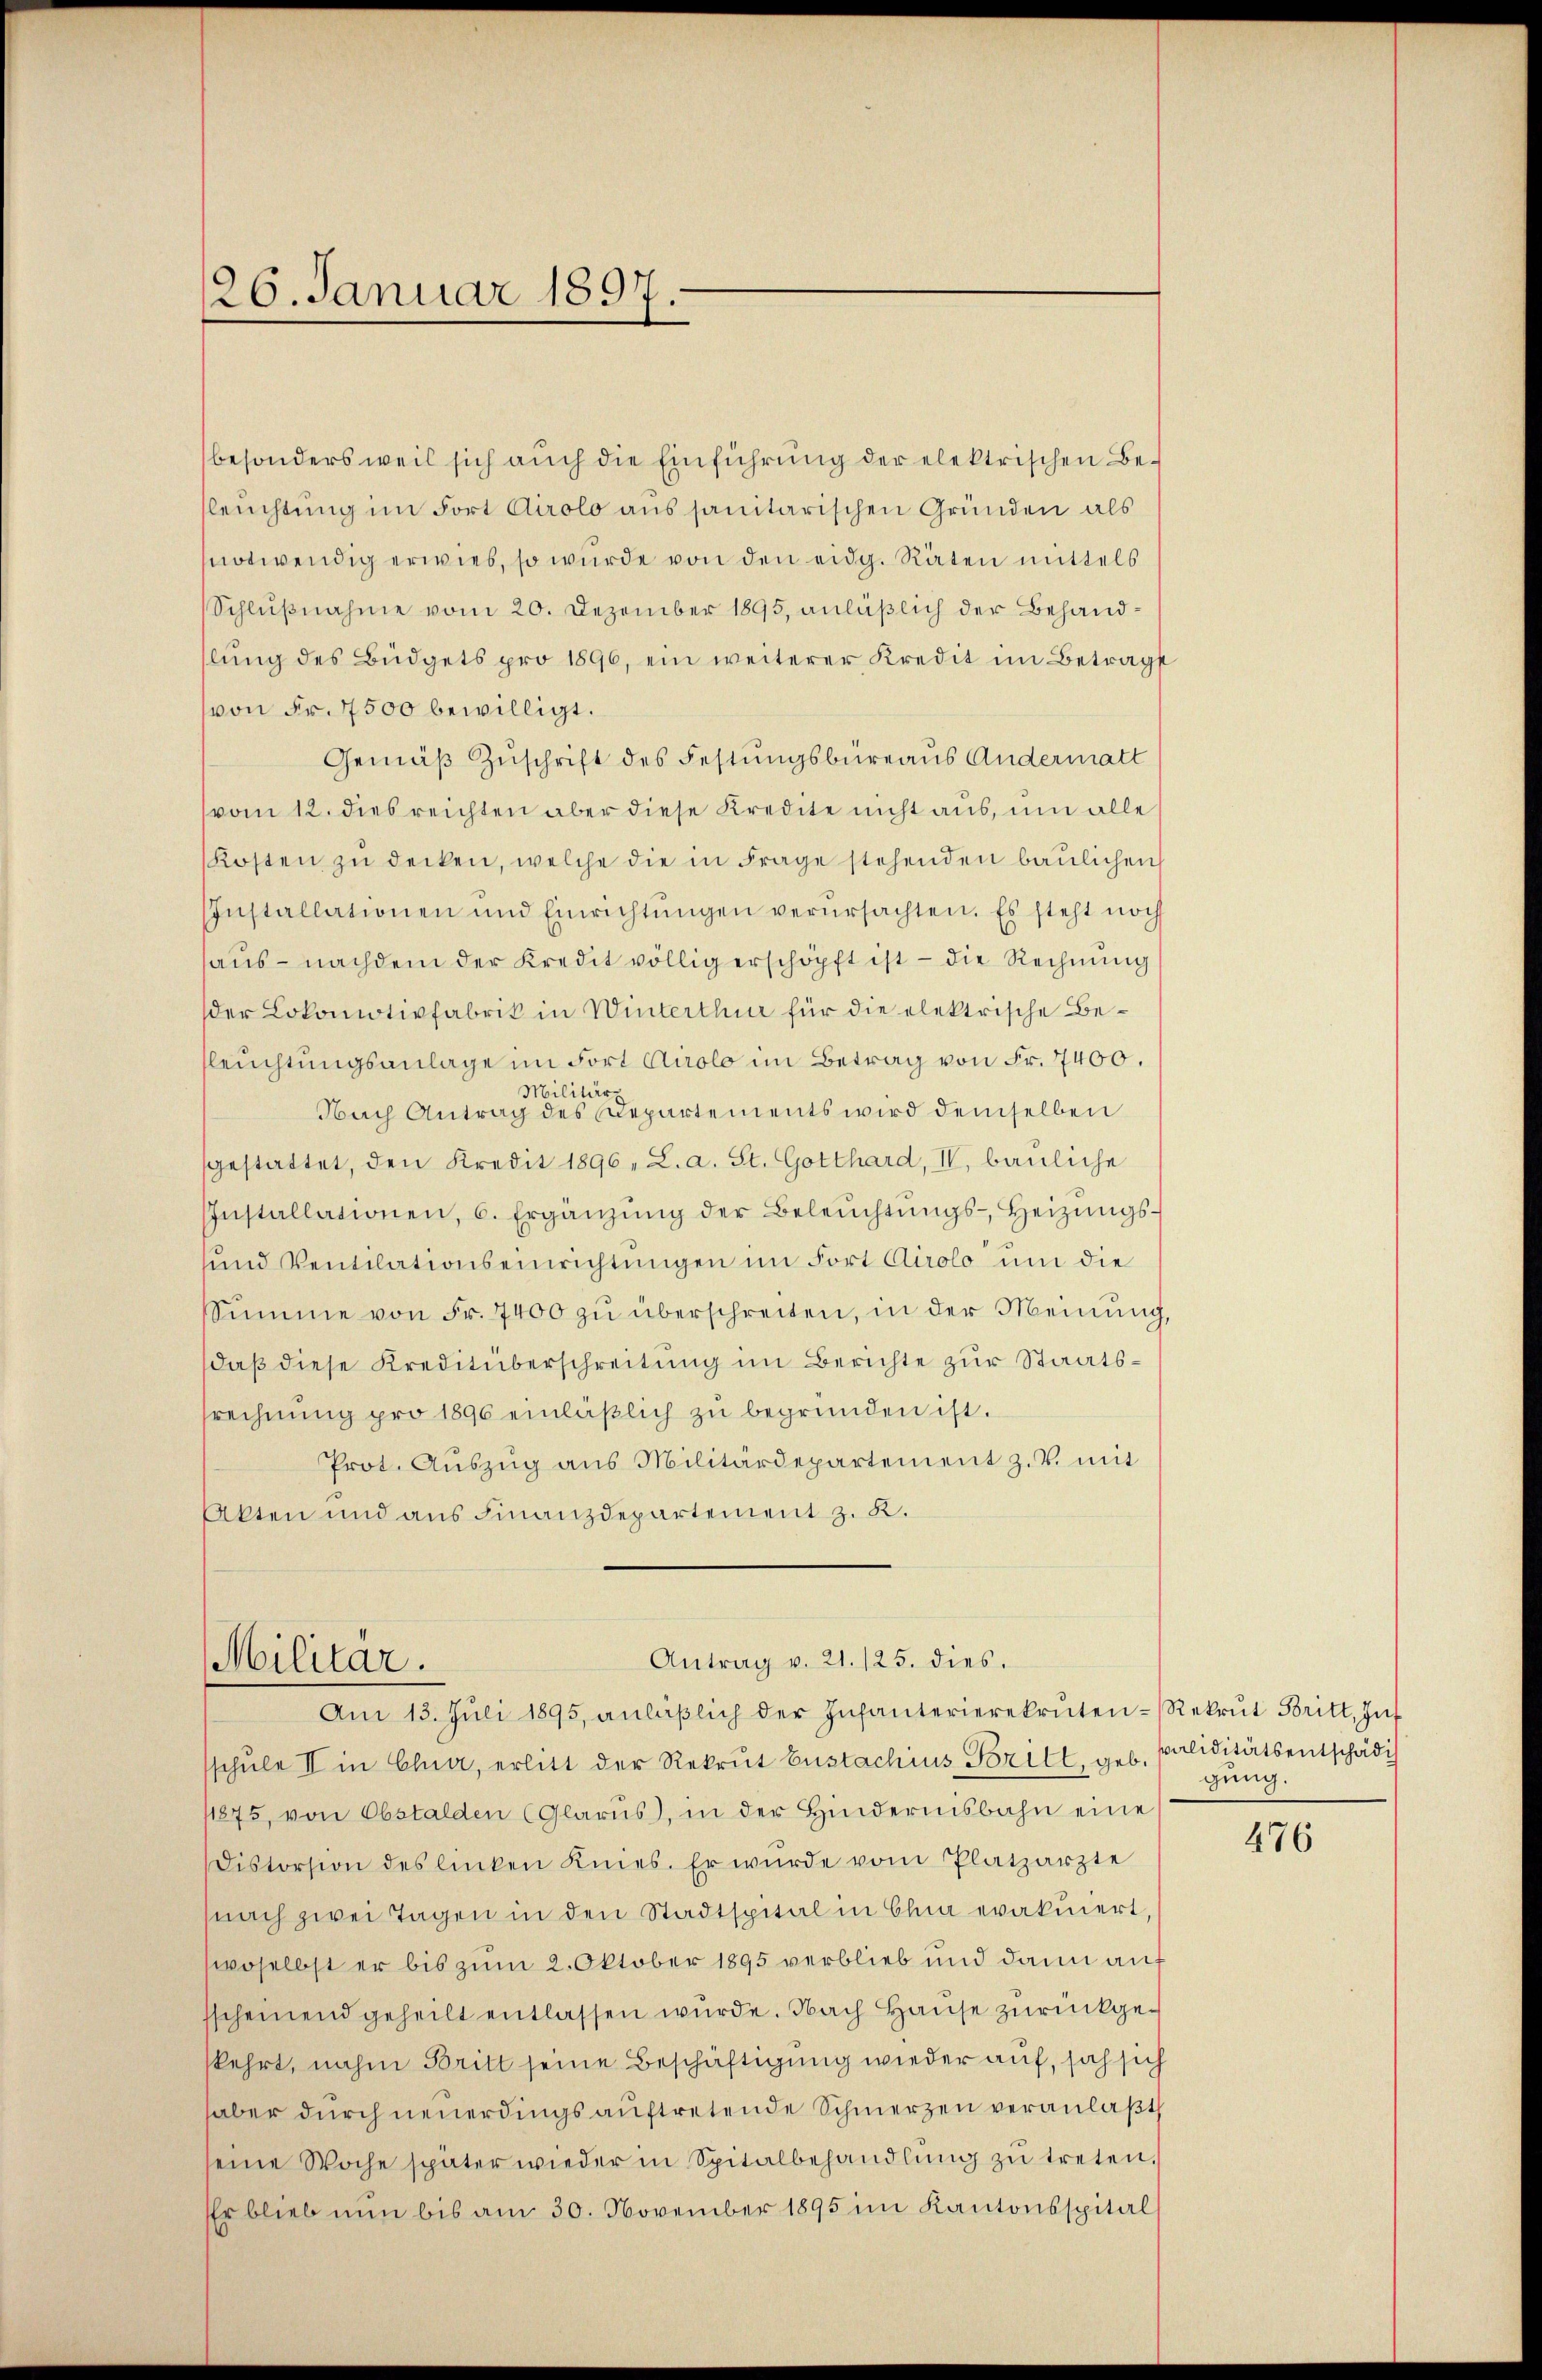
126. Januar 1897
.

besonders weil sich auch die Einführung der elektrischen Beleuchtung im Fort Airolo aus sanitarischen Gründen als
notwendig erwies, so wurde von den eidg. Räten mittels
Schlußnahme vom 20. Dezember 1895, anläßlich der Behandlung des Büdgets pro 1896, ein weiterer Kredit im Betrage
von Fr. 7500 bewilligt.
Gemäß Zuschrift des Festungsbüreaus Andermatt
vom 12. dies reichten aber diese Kredite nicht aus, um alle
Kosten zŭ decken, welche die in Frage stehenden baŭlichen
Installationen und Einrichtŭngen verŭrsachten. Es steht noch
haus - nachdem der Kredit völlig erschöpft ist - die Rechnung
der Lokomotivfabrik in Winterthur für die elektrische Beleuchtungsanlage im Fort Airolo im Betrag von Fr. 7400.
Militär
Nach Antrag des Departements wird demselben
sgestattet, den Kredit 1896, L. a. St. Gotthard, IV, bauliche
Installationen, 6. Ergänzŭng der Beleŭchtŭngs-, Heizŭngs-
und Ventiationseinrichtungen im Fort Airolo um die
Summe von Fr. 7400 zu überschreiten, in der Meinung
daß diese Kreditüberschreitung im Berichte zur Staatssrechnung pro 1890 einläßlich zu begründen ist.
Prot. Aŭszŭg ans Militärdepartement z. T. mit
Akten und aus Finanzdepartement z. K.

Antrag v. 21. 125. dies
Militar.
Am 13. Juli 1895, anläβlich der Infanterierekruten-Rekrut Britt, Inf

sschule II in Chur, erlitt der Rekrut Enstachius Ferill, geb. Paliditätsentschädig
11875, von Obstalden (Glarus, in der Hindernisbahn eine
Cistorsion des linken Knies. Er würde vom Platzarzte
nach zwei Tagen in den Stadtspital in Chia evakuiert,
woselbst er bis zum 2. Oktober 1895 verblieb und dann auf
sscheinend geheilt entlassen wurde. Nach Hause zurückgekehrt, nahm Britt seine Beschäftigung wieder auf, sah sich
haber dŭrch neuerdings aŭftretende Schmerzen veranlaβt
seine Woche später wieder in Spitalbehandlŭng zŭ treten.
Er blieb nun bis am 30. November 1895 im Kantonsspital

gung.
476